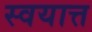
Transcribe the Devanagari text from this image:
स्वयात्त